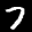
Label: 7